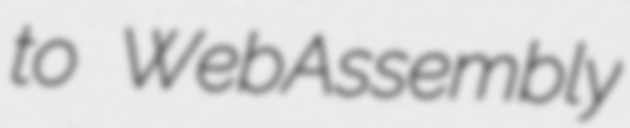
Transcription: to WebAssembly